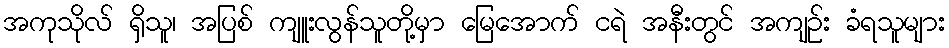
အကုသိုလ် ရှိသူ၊ အပြစ် ကျူးလွန်သူတို့မှာ မြေအောက် ငရဲ အနီးတွင် အကျဉ်း ခံရသူများ